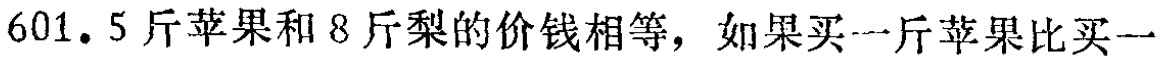
601. 5斤苹果和8斤梨的价钱相等，如果买一斤苹果比买一